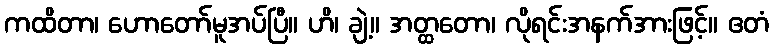
ကထိတာ၊ ဟောတော်မူအပ်ပြီ။ ဟိ၊ ချဲ့။ အတ္ထတော၊ လိုရင်းအနက်အားဖြင့်။ ဧတံ